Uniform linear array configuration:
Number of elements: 48
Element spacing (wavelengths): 0.25
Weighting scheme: hamming
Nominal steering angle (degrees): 45
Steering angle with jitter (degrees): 45.986
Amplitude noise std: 0.05
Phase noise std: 0.05

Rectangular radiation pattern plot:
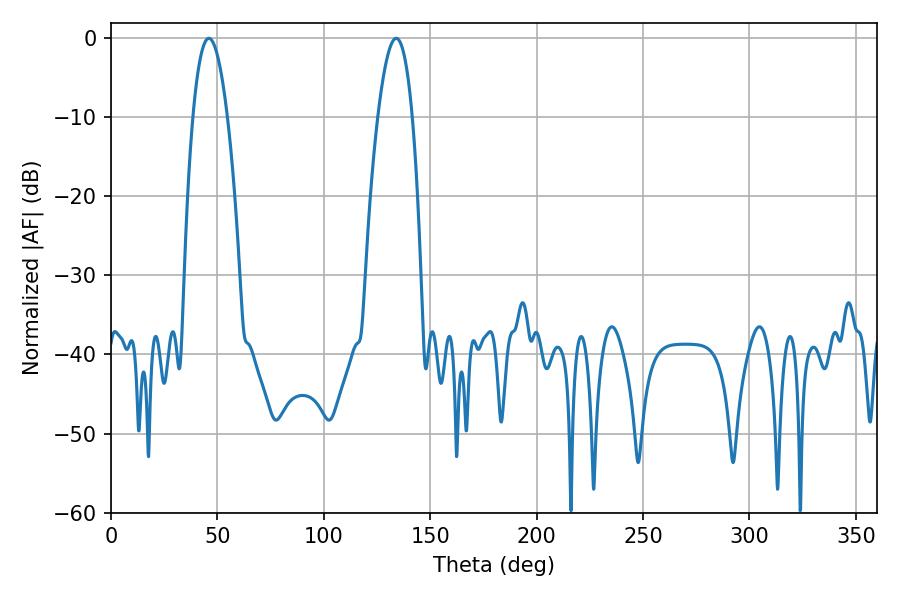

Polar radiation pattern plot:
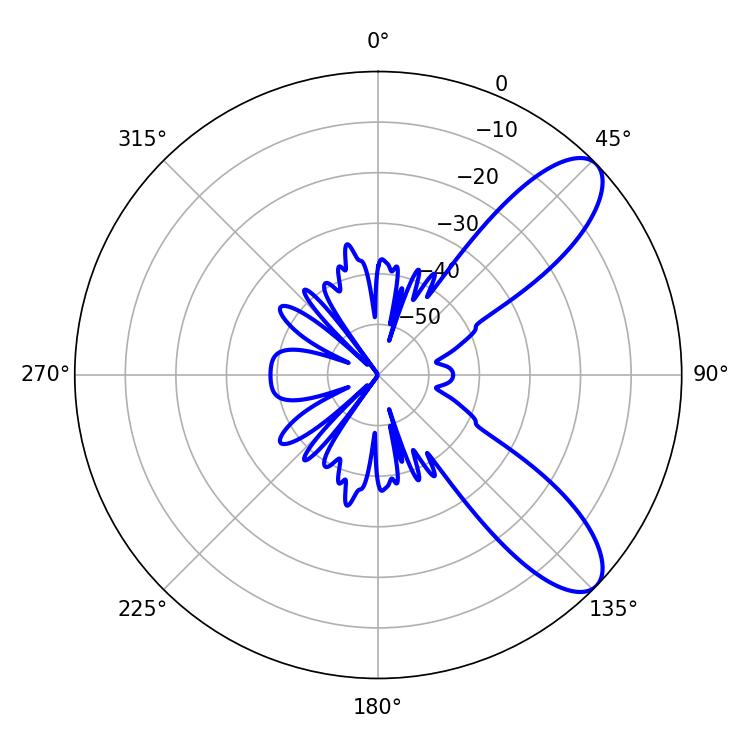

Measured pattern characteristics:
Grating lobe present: FALSE
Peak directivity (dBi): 9.177
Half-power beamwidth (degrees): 8.82
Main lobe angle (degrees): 45.9